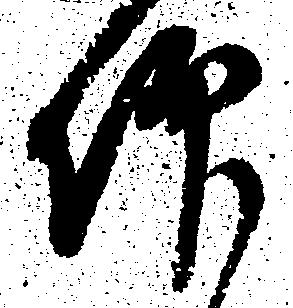
仰